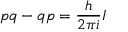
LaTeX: p q - q p = { \frac { h } { 2 \pi i } } I